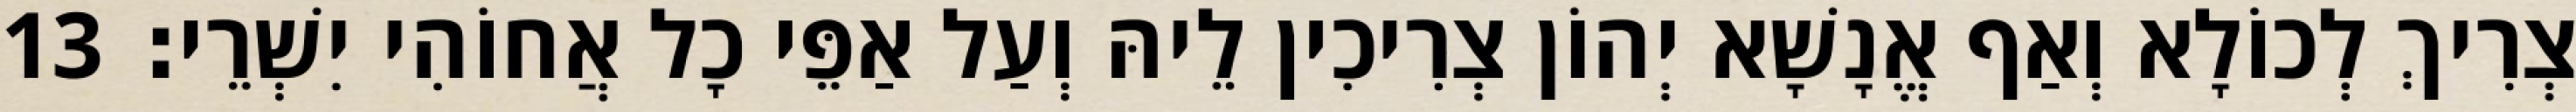
צְרִיךְ לְכוֹלָא וְאַף אֱנָשָׁא יְהוֹן צְרִיכִין לֵיהּ וְעַל אַפֵּי כָל אֲחוֹהִי יִשְׁרֵי׃ 13